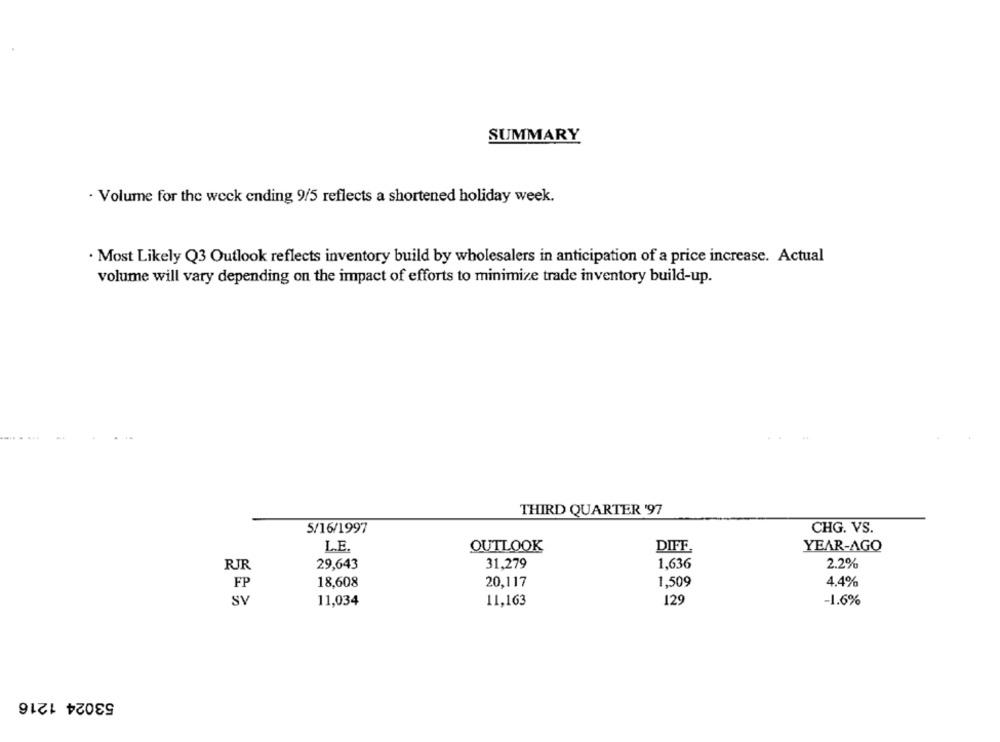
SUMMARY
· Volume for the week ending 9/5 reflects a shortened holiday week.
. Most Likely Q3 Outlook reflects inventory build by wholesalers in anticipation of a price increase. Actual
volume will vary depending on the impact of efforts to minimize trade inventory build-up.
THIRD QUARTER '97
5/16/1997
CHG. VS.
L.E.
OUTLOOK
DIFF
YEAR-AGO
RJR
31,279
2.2%
29,643
1,636
FP
18,608
20,117
1,509
4.4%
SV
11,034
11,163
129
-1.6%
53024 1216